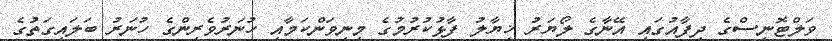
ވަލްޓޮނީސްގެ ދިފާއުގައި އޭނާގެ ލޯޔަރު ޚިޔާލު ފާޅުކުރުމުގެ މިނިވަންކަމާއި ހުނަރުވެރިންގެ ހުނަރު ބަލައިގަތުގެ